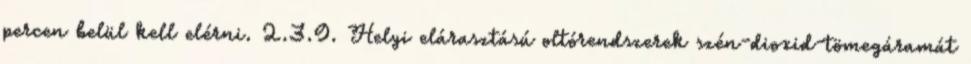
percen belül kell elérni. 2.3.9. Helyi elárasztású oltórendszerek szén-dioxid-tömegáramát